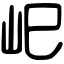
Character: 𡵆